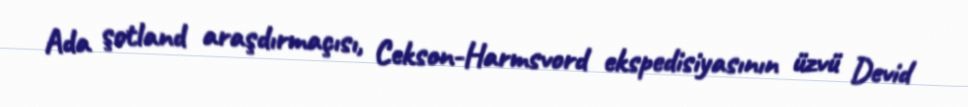
Ada şotland araşdırmaçısı, Cekson-Harmsvord ekspedisiyasının üzvü Devid